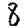
Digit: 8